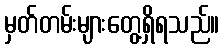
မှတ်တမ်းများတွေ့ရှိရသည်။